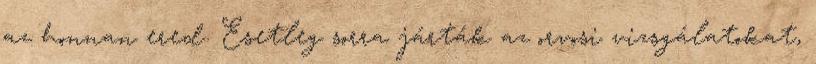
az honnan ered. Esetleg sorra járták az orvosi vizsgálatokat,